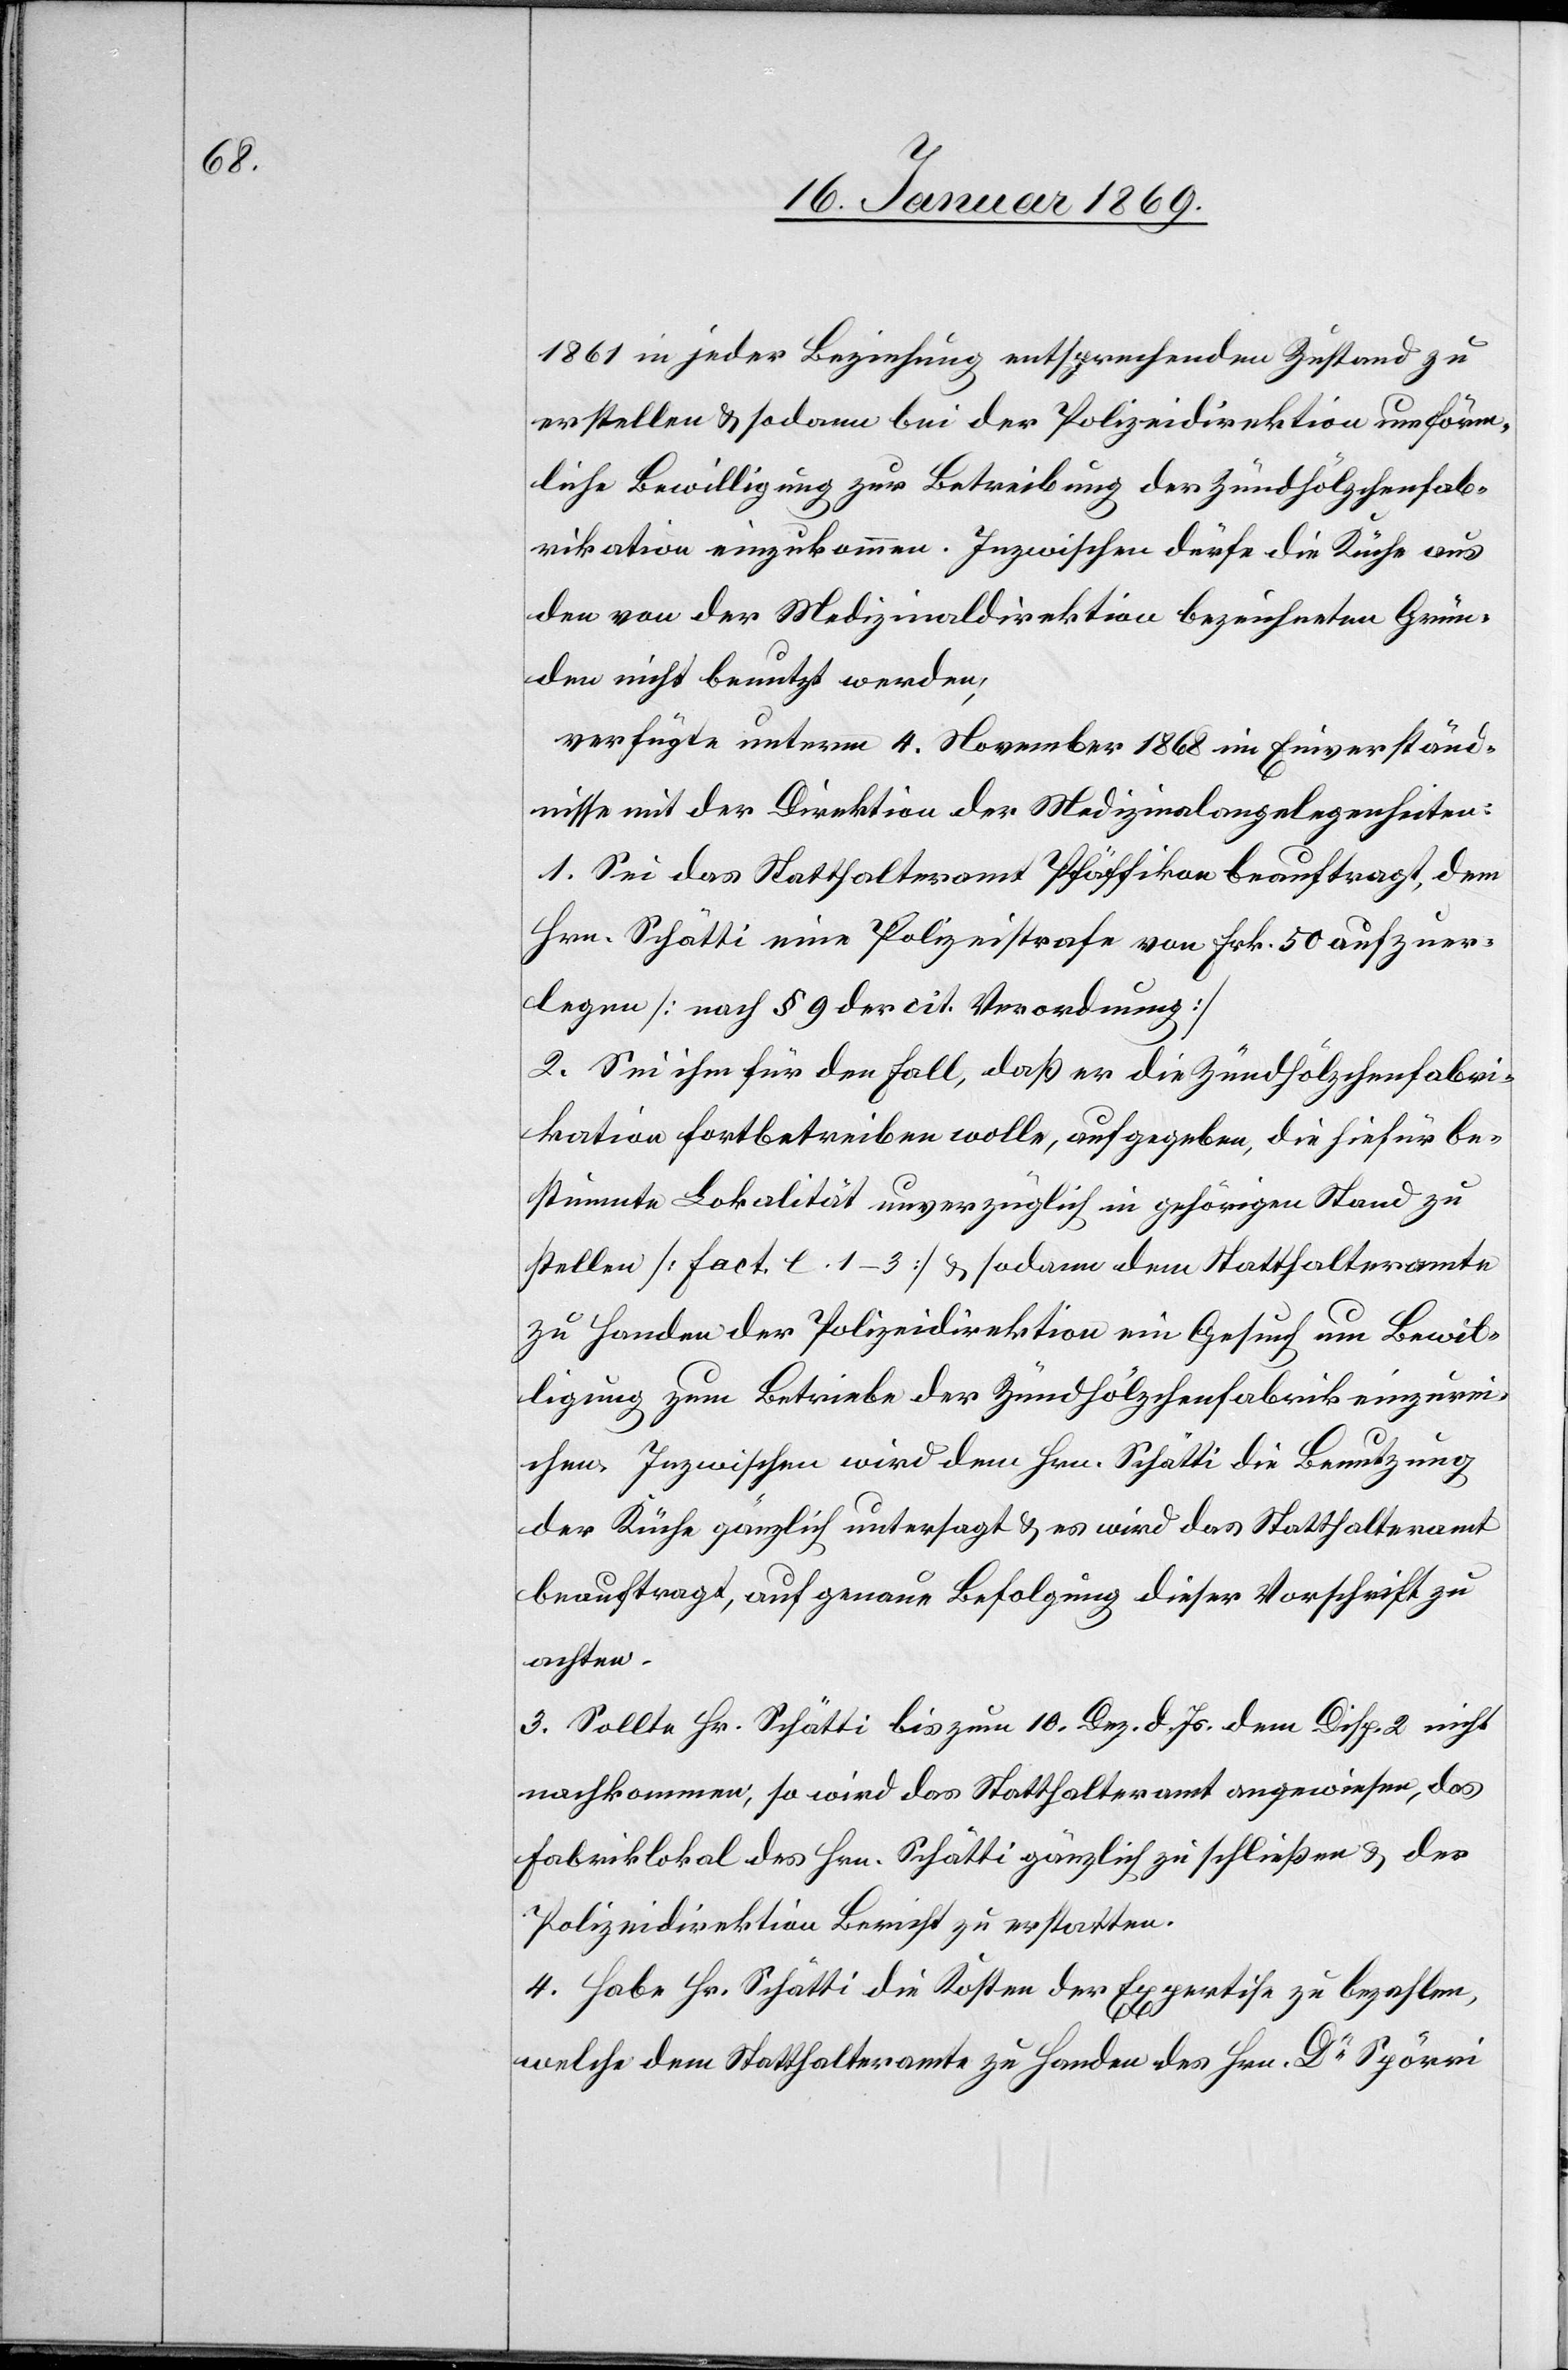
1861 in jeder Beziehung entsprechenden Zustand zu
erstellen u. sodann bei der Polizeidirektion um förm¬
liche Bewilligung zur Betreibung der Zündhölzchenfab¬
rikation einzukommen. Inzwischen dürfe die Küche aus
den von der Medizinaldirektion bezeichneten Grün¬
den nicht benutzt werden,
verfügte unterm 4 November 1868 im Einverständ¬
nisse mit der Direktion der Medizinalangelegenheiten:
1. Sei das Statthalteramt Pfäffikon beauftragt, dem
Hrn. Schätti eine Polizeistrafe von Frk. 50 aufzuer¬
legen [nach § 9 der cit. Verordnung]
2. Sei ihm für den Fall, daß er die Zündhölzchenfabri¬
kation fortbetreiben wolle, aufgegeben, die hiefür be¬
stimmte Lokalität unverzüglich in gehörigen Stand zu
stellen [fact. e. 1–3] u. sodann dem Statthalteramte
zu Handen der Polizeidirektion ein Gesuch um Bewil¬
ligung zum Betriebe der Zündhölzchenfabrik einzurei¬
chen. Inzwischen wird dem Hrn. Schätti die Benutzung
der Küche gänzlich untersagt u. es wird das Statthalteramt
beauftragt, auf genaue Befolgung dieser Vorschrift zu
achten.
3. Sollte Hr. Schätti bis zum 10. Dez. d. Js. dem Disp. 2 nicht
nachkommen, so wird das Statthalteramt angewiesen, das
Fabriklokal des Hrn. Schätti gänzlich zu schließen u. der
Polizeidirektion Bericht zu erstatten.
4. Habe Hr. Schätti die Kosten der Expertise zu bezahlen,
welche dem Statthalteramte zu Handen des Hrn. Dr Spörri